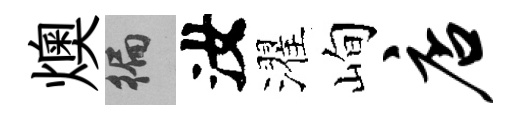
燠徧汝濯峋店